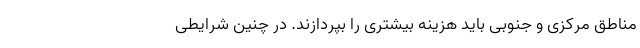
مناطق مرکزی و جنوبی باید هزینه بیشتری را بپردازند. در چنین شرایطی